Scottish Leaving Certificate Examination, 1958
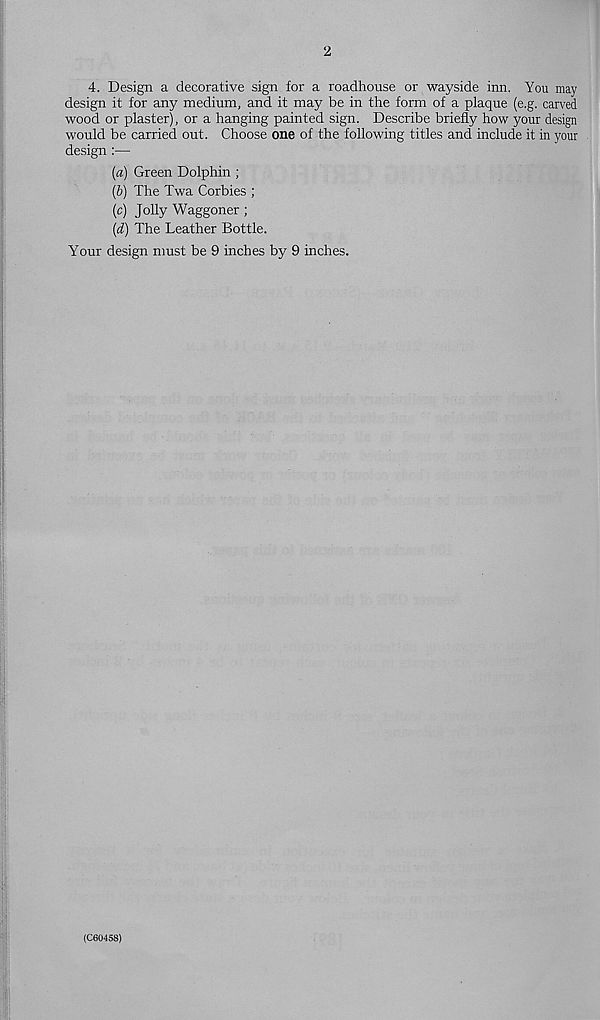
2
4. Design a decorative sign for a roadhouse or wayside inn. You may
design it for any medium, and it may be in the form of a plaque (e.g. carved
wood or plaster), or a hanging painted sign. Describe briefly how your design
would be carried out. Choose one of the following titles and include it in your
design :—
{a) Green Dolphin ;
(5) The Twa Corbies ;
(c) Jolly Waggoner;
{d) The Leather Bottle.
Your design must be 9 inches by 9 inches.
(C60458)